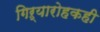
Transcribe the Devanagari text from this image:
गिऱ्यारोहकही